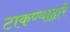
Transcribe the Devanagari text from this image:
टाकण्याद्वारे